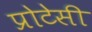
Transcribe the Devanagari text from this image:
प्रोटेसी